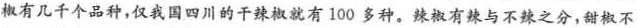
椒有几千个品种，仅我国四川的干辣椒就有100多种。辣椒有辣与不辣之分，甜椒